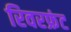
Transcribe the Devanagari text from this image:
रिवरफ्रंट